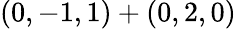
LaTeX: (0,-1,1)+(0,2,0)